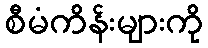
စီမံကိန်းများကို